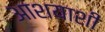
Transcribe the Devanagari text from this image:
आशयाशी